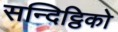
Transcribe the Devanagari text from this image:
सन्दिट्ठिको